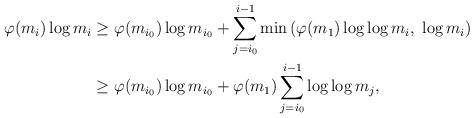
LaTeX: \begin{align*}\varphi(m_{i}) \log m_{i} &\ge \varphi(m_{i_0}) \log m_{i_0} + \sum_{j=i_0}^{i-1} \min \left( \varphi(m_1) \log \log m_i , \ \log m_i \right) \\&\ge \varphi(m_{i_0}) \log m_{i_0} + \varphi(m_1) \sum_{j=i_0}^{i-1} \log \log m_j,\end{align*}